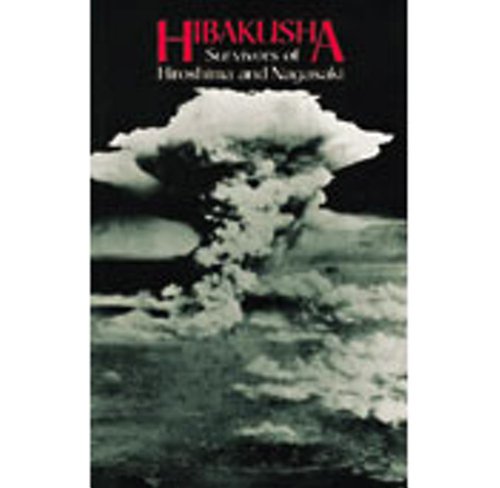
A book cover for Hibakusha: Survivors of Hiroshima and Nagasaki; Literature & Fiction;